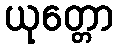
ယုတ္တော